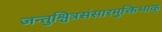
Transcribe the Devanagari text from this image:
जन्तुश्चित्रसंसारमुक्तिभाक्